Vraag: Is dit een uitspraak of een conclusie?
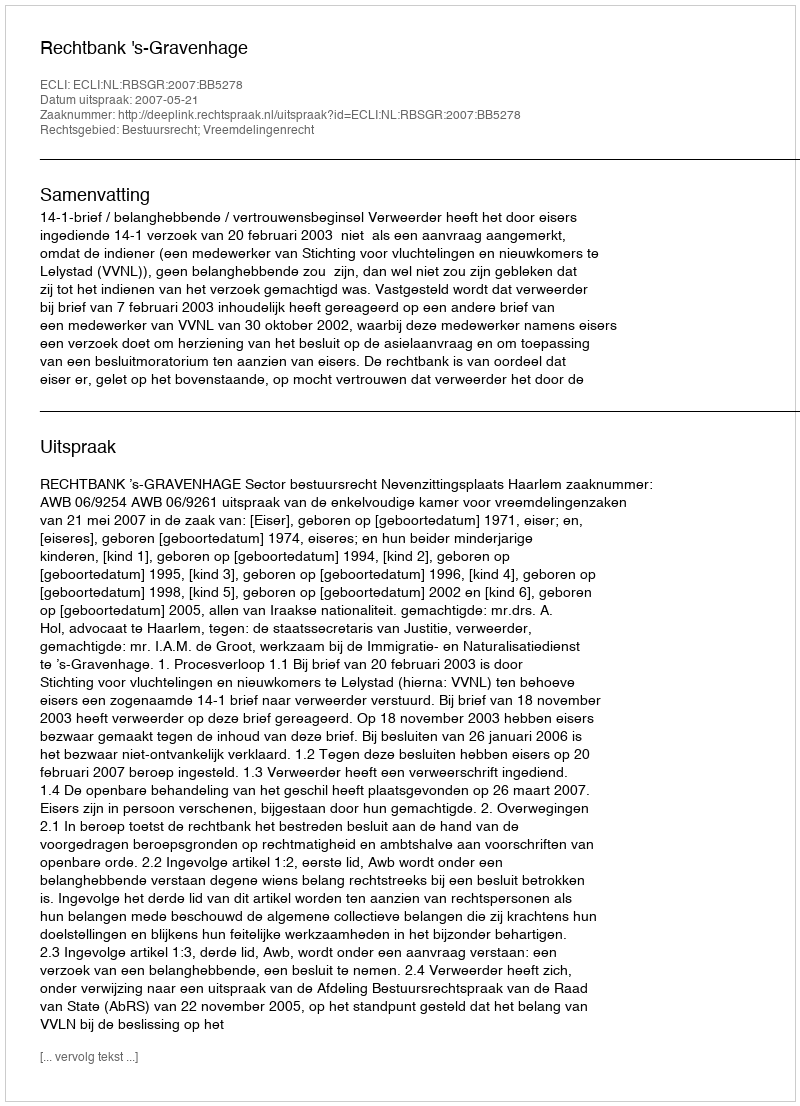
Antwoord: Uitspraak